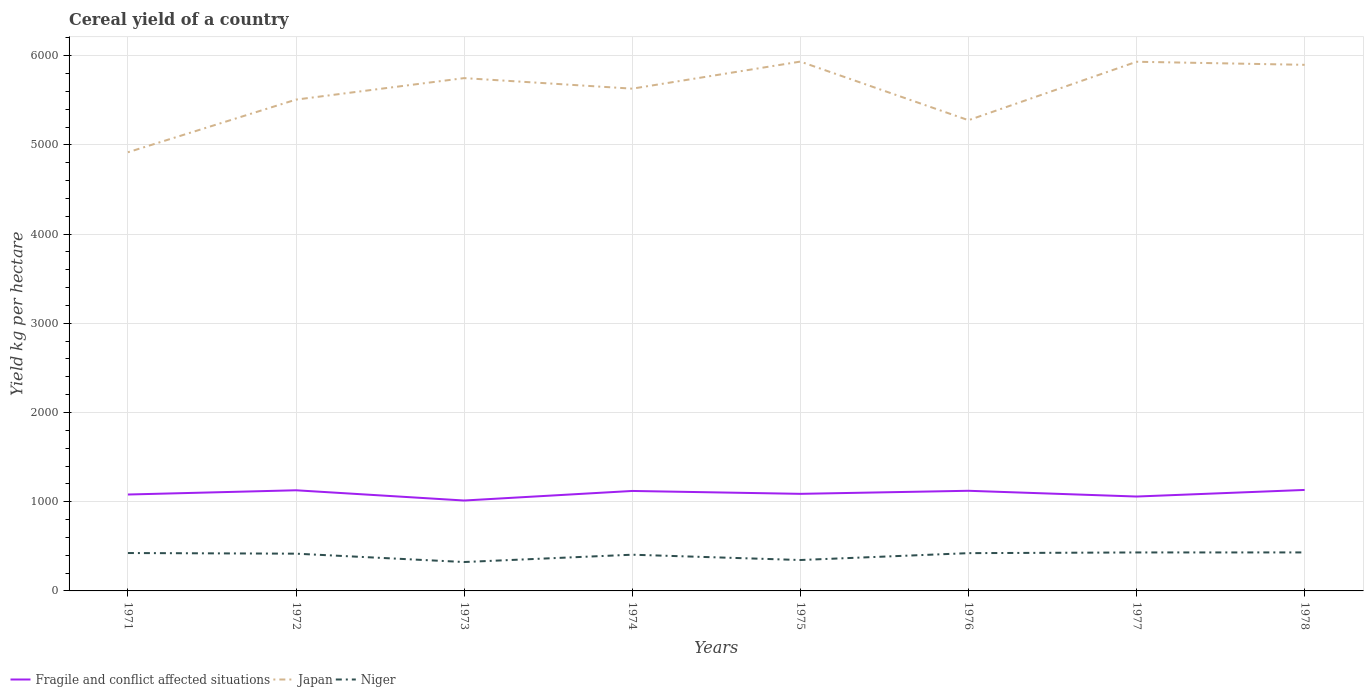
| Years | Fragile and conflict affected situations | Japan | Niger |
 | --- | --- | --- | --- |
 | 1971 | 1.08e+03 | 4.92e+03 | 425 |
 | 1972 | 1.13e+03 | 5.51e+03 | 418 |
 | 1973 | 1.01e+03 | 5.75e+03 | 324 |
 | 1974 | 1.12e+03 | 5.63e+03 | 406 |
 | 1975 | 1.09e+03 | 5.93e+03 | 346 |
 | 1976 | 1.12e+03 | 5.28e+03 | 423 |
 | 1977 | 1.06e+03 | 5.93e+03 | 431 |
 | 1978 | 1.13e+03 | 5.9e+03 | 432 |